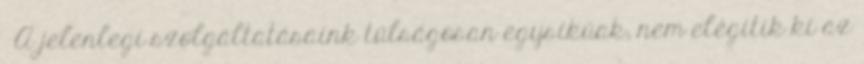
▪A jelenlegi szolgáltatásaink túlságosan egysíkúak, nem elégítik ki az